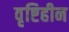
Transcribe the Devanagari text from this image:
वृष्टिहीन